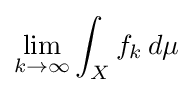
\displaystyle \lim _{k\to \infty }\int _{X}f_{k}\,d\mu